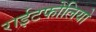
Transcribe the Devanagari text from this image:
राईटफोलियो